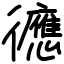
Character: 㣹